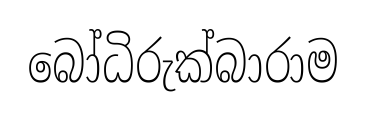
බෝධිරුක්බාරාම